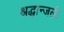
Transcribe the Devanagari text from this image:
श्रद्धान्जली